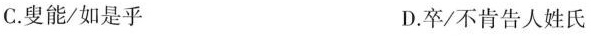
C.叟能/如是乎 D.卒/不肯告人姓氏